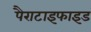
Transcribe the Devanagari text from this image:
पैराटाइफाइड